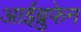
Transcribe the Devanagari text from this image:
आईब्रुफेन